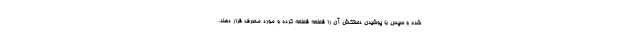
شده و سپس با پوشیدن دستکش آن را قطعه قطعه کرده و مورد مصرف قرار دهند.